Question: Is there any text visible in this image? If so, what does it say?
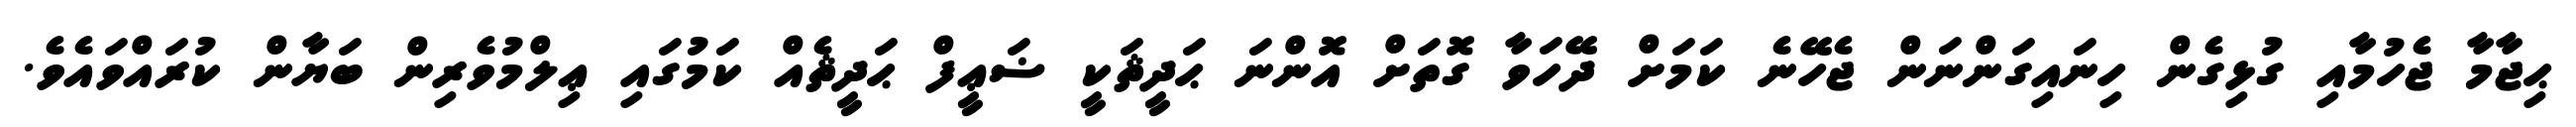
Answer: ޙިޖާމާ ޖެހުމާއި ގުޅިގެން ހިނައިގަންނަން ޖެހޭނެ ކަމަށް ދޭހަވާ ގޮތަށް އޮންނަ ޙަދީޘަކީ ޟަޢީފް ޙަދީޘެއް ކަމުގައި ޢިލްމުވެރިން ބަޔާން ކުރައްވައެވެ.